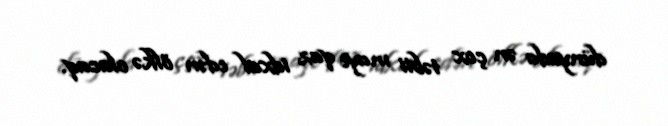
dünyada ən çox təbii maye qaz idxal edən ölkə olacaq.